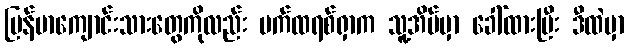
မြန်မာကျောင်းသားတွေကိုလည်း ပက်ထရစ်ရှာက သူ့အိမ်မှာ ခေါ်ထားပြီး ဒီထဲမှာ